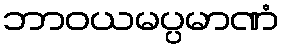
ဘာဝယမပ္ပမာဏံ